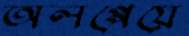
অলপ্পেয়ে